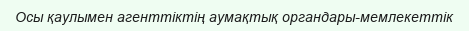
Осы қаулымен агенттіктің аумақтық органдары-мемлекеттік